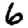
Digit: 6